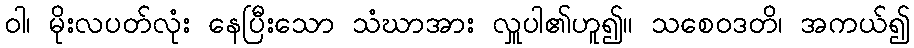
ဝါ၊ မိုးလပတ်လုံး နေပြီးသော သံဃာအား လှူပါ၏ဟူ၍။ သစေဝဒတိ၊ အကယ်၍